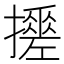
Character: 𢷼